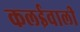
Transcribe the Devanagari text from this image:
कलईवाली